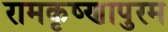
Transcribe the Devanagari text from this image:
रामकृष्णापुरम